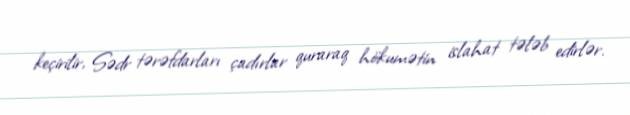
keçirilir, Sədr tərəfdarları çadırlar quraraq hökumətin islahat tələb edirlər.